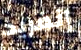
إنغريد